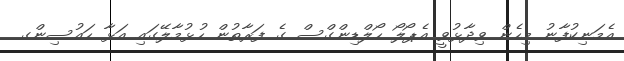
އެމަނިކުފާނު މިހެން ވިދާޅުވީ އެޕޯލޯ ހޯލްޑިންގްސް ގެ ފަރާތުން ހުޅުމާލޭގައި އަޅާ ހައުސިންގ